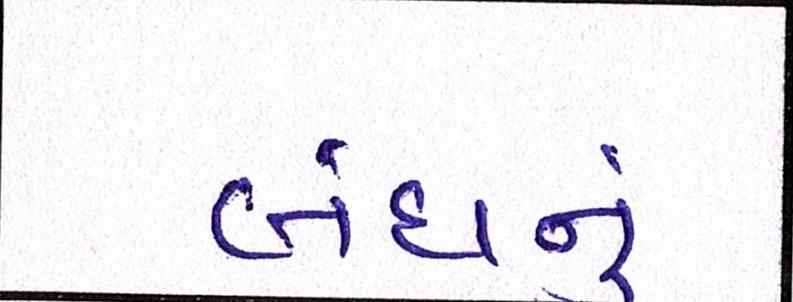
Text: બંધનું